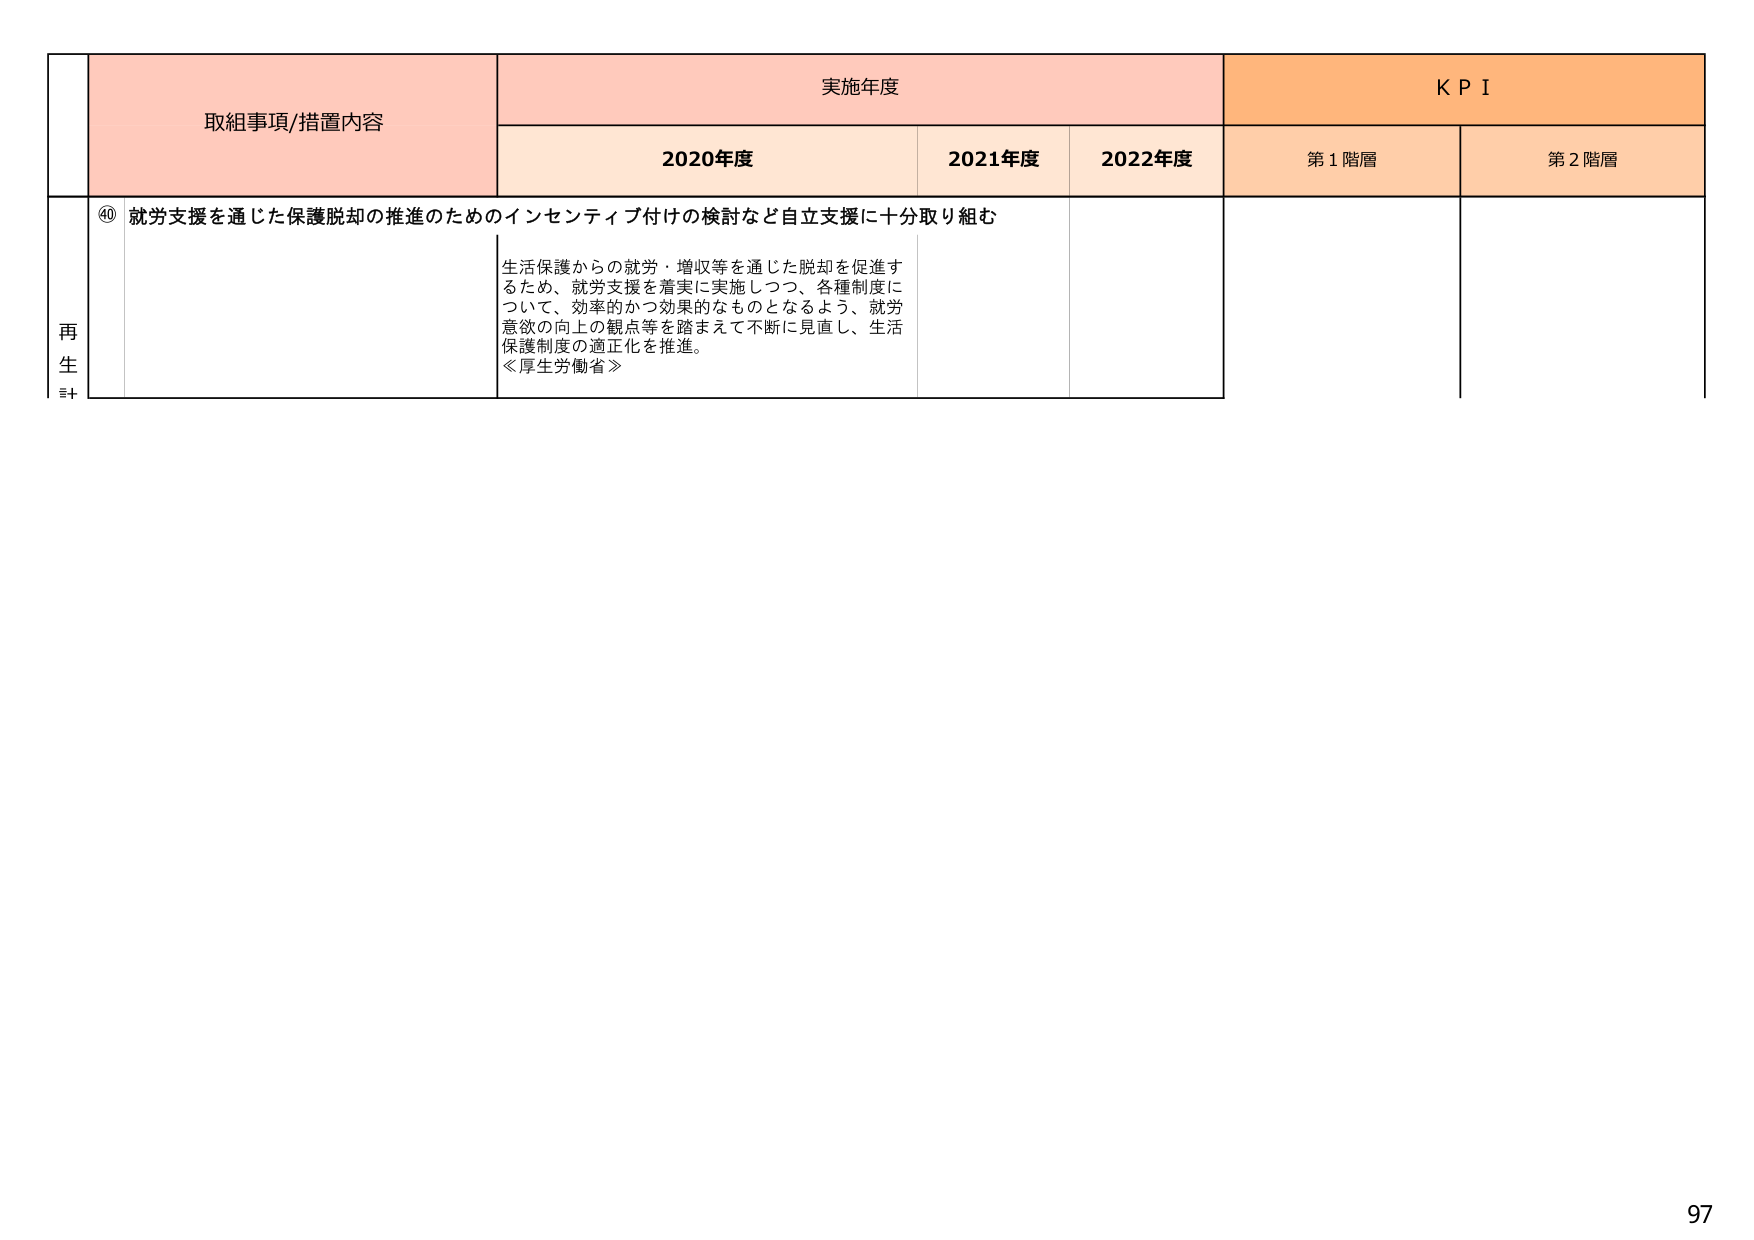
取組事項/措置内容
実施年度
KPI
2020年度
2021年度
2022年度
第1階層
第2階層
再生計
④ 就労支援を通じた保護脱却の推進のためのインセンティブ付けの検討など自立支援に十分取り組む
生活保護からの就労・増収等を通じた脱却を促進するため、就労支援を着実に実施しつつ、各種制度について、効率的かつ効果的なものとなるよう、就労意欲の向上の観点等を踏まえて不断に見直し、生活保護制度の適正化を推進。
≪厚生労働省≫
97